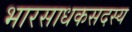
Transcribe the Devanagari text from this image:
भारसाधकसदस्य